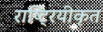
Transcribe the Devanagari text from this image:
राष्ट्रियीकृत